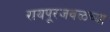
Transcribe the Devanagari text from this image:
रायपूरजवळच्या